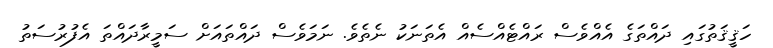
ހަޤީޤަތުގައި ދައްތަގެ އެއްވެސް ރައްޓެއްސެއް އެތަނަކު ނެތެވެ. ނަމަވެސް ދައްތައަށް ސަމީރާދައްތަ އެފުރުސަތު